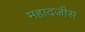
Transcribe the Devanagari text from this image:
महादजीस